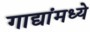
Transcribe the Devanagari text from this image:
गाद्यांमध्ये